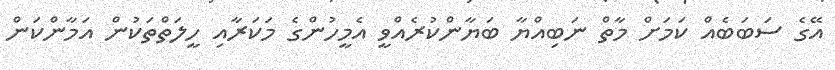
އޭގެ ސަބަބެއް ކަމަށް މާތް ނަބިއްޔާ ބަޔާންކުރެއްވީ އެމީހުންގެ މަކަރާއި ހީލަތްތަކުން އަމާންކަން